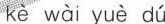
kè wài yuè dú